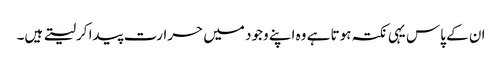
ان کے پاس یہی نکتہ ہوتا ہے وہ اپنے وجود میں حرارت پیدا کرلیتے ہیں۔